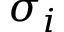
\sigma _ { i }